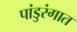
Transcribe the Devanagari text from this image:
पांडुरंगात